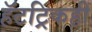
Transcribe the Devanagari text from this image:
हॅटट्रिकही